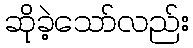
ဆိုခဲ့သော်လည်း